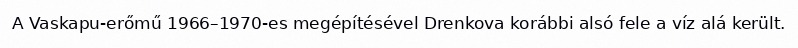
A Vaskapu-erőmű 1966–1970-es megépítésével Drenkova korábbi alsó fele a víz alá került.